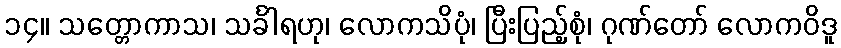
၁၄။ သတ္တောကာသ၊ သင်္ခါရဟု၊ လောကသိပုံ၊ ပြီးပြည့်စုံ၊ ဂုဏ်တော် လောကဝိဒူ